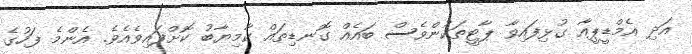
އަދި އެމްޑީޕީއާ ގުޅިފައިވާ ޕާޓީތަކުންވެސް ބައެއް ގޮނޑިތައް ކާމިޔާބު ކޮށްފައިވެއެވެ. އެންމެ ފަހުގެ